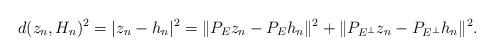
LaTeX: \begin{align*}d(z_n,H_n)^2=|z_n-h_n|^2=\|P_Ez_n-P_Eh_n\|^2+\|P_{E^\bot}z_n-P_{E^\bot}h_n\|^2.\end{align*}